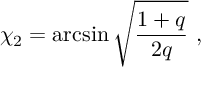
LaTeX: \chi _ { 2 } = \arcsin \sqrt { \frac { 1 + q } { 2 q } } \ ,